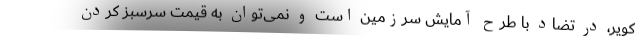
کویر، در تضاد با طرح آمایش سرزمین است و نمی‌توان به قیمت سرسبز کردن